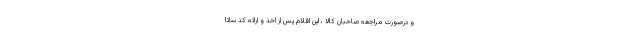
و درصورت مراجعه صاحبان کالا ، این اقلام پس از اخذ و ارائه کد ساتا